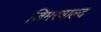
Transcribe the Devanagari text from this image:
जिमरवाल्द